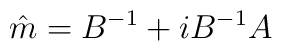
\hat{m}=B^{-1}+iB^{-1}A